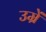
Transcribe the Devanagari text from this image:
उम्रें